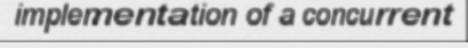
implementation of a concurrent